Indian journal of veterinary science and animal husbandry - Volumes 15-17, 1948-1951
Year: 1948
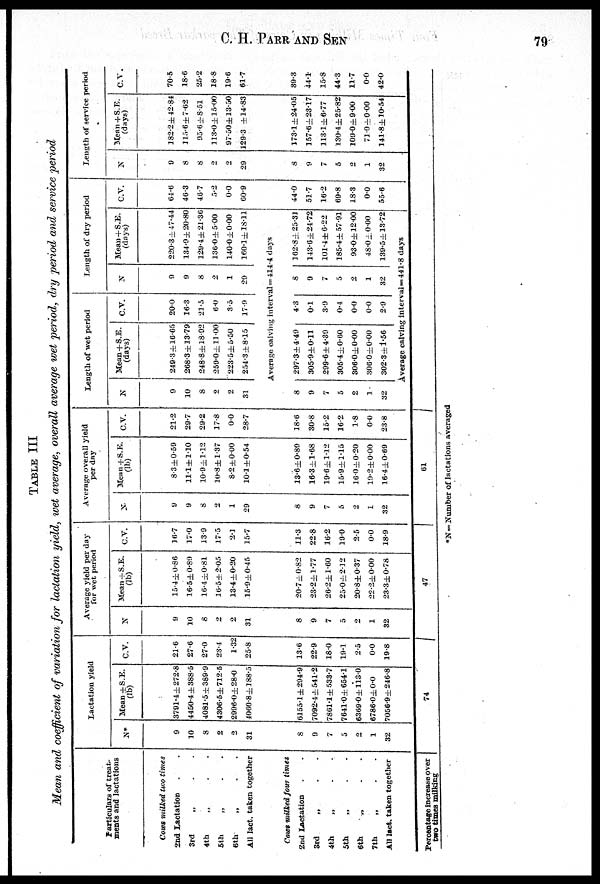
C.
H.
PARR
AND
SEN
70
TABLE III
Mean and coefficient of variation for lactation yield, wet average, overall average wet period, dry period and service period
Particulars of treat-
ments and lactations
Cows milked two times
2nd Lactation . .
3rd „ . .
4th „ . .
5th „ . .
6th „ . .
All lact. taken together
Cows milked four times
2nd Lactation . .
3rd „ . .
4th „ . .
5th „ . .
6th „ . .
7th „ . .
All lact. taken together
Percentage increase over
two times milking
Lactation yield
N*
9
10
8
2
2
31
8
9
7
5
2
1
32
Mean±S.E.
(lb)
3791.4±272.8
4450.4 ±388.5
4081.5.4±389.9
4306.5±712.5
2996.0+28.0
4060.8±188.5
6155.1±294.9
7092.4 ±541.2
7801.1±533.7
7641.0±654.1
6369.0±113.0
6786.0±0.0
7056.9±246.8
74
c.v.
21.6
27.6
27.0
23.4
1.32
25.8
13.6
22.9
18.0
19.1
2.5
0.0
19.8
Average yield per day
for wet period
N
9
10
8
2
2
31
8
9
7
5
2
1
32
Mean+S.E.
(lb)
15.4±0.86
16.5±0.89
16.4±0.81
16.5±2.05
13.4±0.20
15.9±0.45
20.7±0.82
23.2±1.77
26.2±1.60
25.0±2.12
20.8±0.37
22.2±0.00
23.3±0.78
47
C.V.
16.7
17.0
13.9
17.5
2.1
15.7
11.3
22.8
16.2
19.0
2.5
0.0
18.9
Average overall yield
per day
N.
9
9
8
2
1
29
8
9
7
5
2
1
32
Mean+S.E.
(lb)
8.3±0.59
11.1±1.10
10.9±1.12
10.8±1.37
8.2±0.60
10.1±0.54
13.6±0.89
16.3±1.68
19.6±1.12
15.9±1.15
16.0±0.20
19.2±0.00
16.4 ±0.69
61
C.V.
21.2
29.7
29.2
17.8
0.0
28.7
18.6
30.8
15.2
16.2
1.8
0.0
23.8
Length of wet period
N
9
10
8
2
2
31
8
9
7
5
2
1
32
Mean+S.E.
(days)
249.3 ±16.65
268.3±13.79
248.8±18.92
259.0±11.00
223.5± 5.50
254.3±8.15
C.V.
20.0
16.3
21.5
6.0
3.5
17.9
Length of dry period
N
9
9
8
2
1
29
Mean+S.E.
(days)
220.3 ±47.44
134.9±20.80
129.4±21.36
136.0±5.00
140.0±0.00
160.1±18.11
Average calving interval = 414.4 days
297.3±4.49
305.9±0.11
299.6±4.39
305.4±0.60
306.0±0.00
306.0±0.00
302.3±1.56
4.3
0.1
3.9
0.4
0.0
0.0
2.9
8
9
7
5
2
1
32
162.8±25.31
143.6±24.72
101.4±6.22
185.4±57.91
93.0+12.00
48.0±0.00
139.5±13.72
Average calving interval= 441.8 days
C.V.
64.6
46.3
46.7
5.2
0.0
60.9
44.0
51.7
16.2
69.8
18.3
0.0
55.6
Length of service period
N
9
8
8
2
2
29
8
9
7
5
2
1
32
Mean + S.E.
(days)
182.2±42.84
115.6±7.62
95.6±8.51
113.0±15.00
97.50±13.50
129.3±14.83
173.1±24.05
157.6±23.17
113.1±6.77
130.4±25.82
109.0±9.00
71.0±0.00
141.8±10.54
C.V.
70.5
18.6
25.2
18.8
19.6
61.7
39.3
44.1
15.8
44.3
11.7
0.0
42.0
*N= Number of lactations averaged